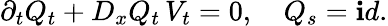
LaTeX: \partial_{t}Q_{t}+D_{x}Q_{t}\, V_{t}=0,\quad Q_{s}=\mathop{\mathbf id}.